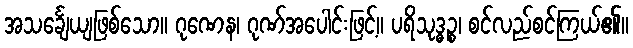
အသင်္ချေယျဖြစ်သော။ ဂုဏေန၊ ဂုဏ်အပေါင်းဖြင့်။ ပရိသုဒ္ဓဉ္စ၊ စင်လည်စင်ကြယ်၏။